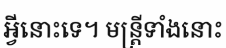
អ្វីនោះទេ។ មន្ត្រីទាំងនោះ